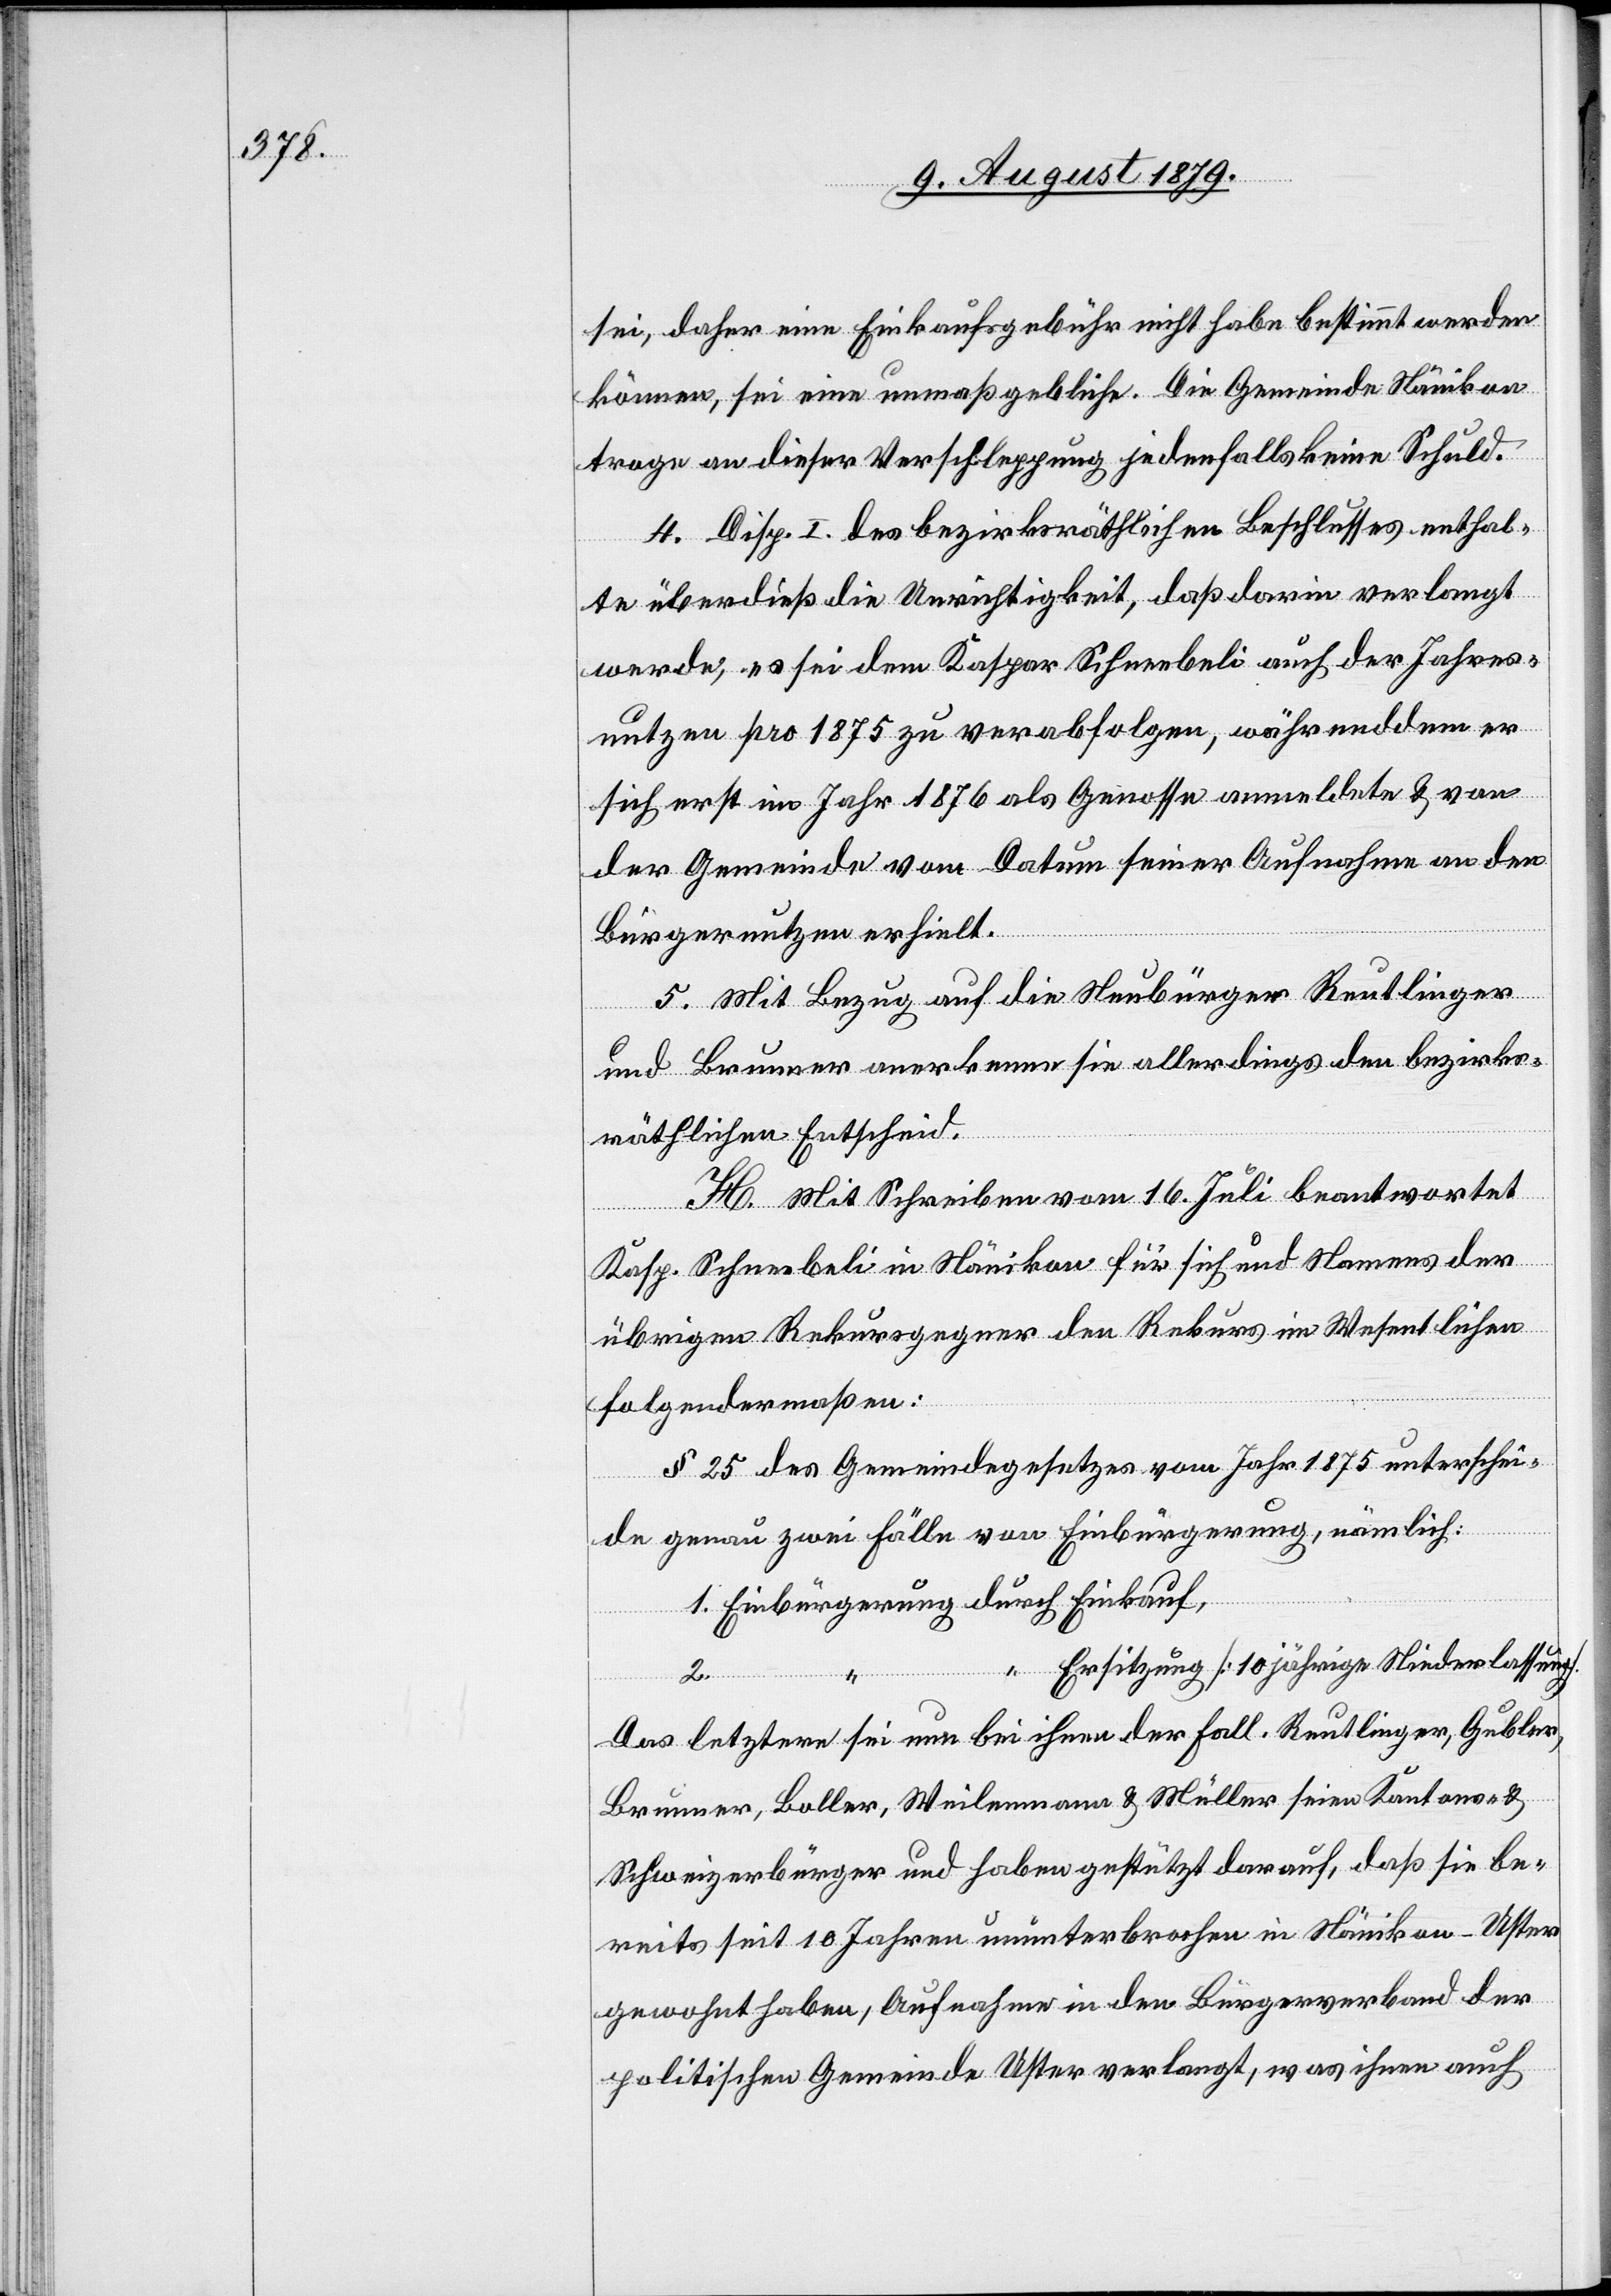
sei, daher eine Einkaufsgebühr nicht habe bestimmt werden
können, sei eine unmaßgebliche. Die Gemeinde Nänikon
trage an dieser Verschleppung jedenfalls keine Schuld.
4. Disp. I des bezirksräthlichen Beschlusses enthal¬
te überdieß die Unrichtigkeit, daß darin verlangt
werde, es sei dem Kaspar Schneebeli auch der Jahres¬
nutzen pro 1875 zu verabfolgen, währenddem er
sich erst im Jahr 1876 als Genosse anmeldete & von
der Gemeinde vom Datum seiner Aufnahme an den
Bürgernutzen erhielt.
5. Mit Bezug auf die Neubürger Reutlinger
und Brunner anerkenne sie allerdings den bezirks¬
“
räthlichen Entscheid.
H. Mit Schreiben vom 16. Juli beantwortet
Kasp. Schneebeli in Nänikon für sich und Namens der
übrigen Rekursgegner den Rekurs im Wesentlichen
folgendermaßen:
§ 25 des Gemeindegesetzes vom Jahr 1875 unterschei¬
de genau zwei Fälle von Einbürgerung, nämlich:
1. Einbürgerung durch Einkauf,
Ersitzung [10jährige Niederlassung].
2.
Das letztere sei nun bei ihnen der Fall. Reutlinger, Gubler,
Brunner, Boller, Weilenmann & Müller seien Kantons- &
Schweizerbürger und haben gestützt darauf, daß sie be¬
reits seit 10 Jahren ununterbrochen in Nänikon - Uster
gewohnt haben, Aufnahme in den Bürgerverband der
politischen Gemeinde Uster verlangt, was ihnen auch